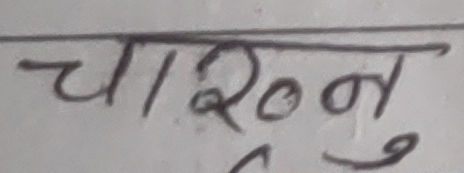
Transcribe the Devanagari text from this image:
चारुनु